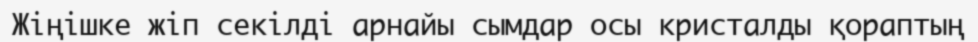
Жіңішке жіп секілді арнайы сымдар осы кристалды қораптың